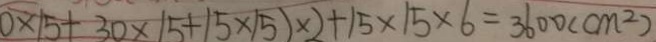
0 \times 1 5 + 3 0 \times 1 5 + 1 5 \times 1 5 ) \times 2 + 1 5 \times 1 5 \times 6 = 3 6 0 0 ( c m ^ { 2 } )